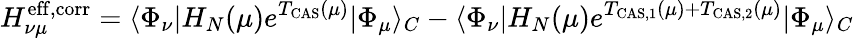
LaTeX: H_{\nu\mu}^{\mathrm{eff,corr}}=\langle\Phi_{\nu}|H_{N}(\mu)e^{T_{\mathrm{CAS}}(\mu)}|\Phi_{\mu}\rangle_{C}-\langle\Phi_{\nu}|H_{N}(\mu)e^{T_{\mathrm{CAS,1}}(\mu)+T_{\mathrm{CAS,2}}(\mu)}|\Phi_{\mu}\rangle_{C}